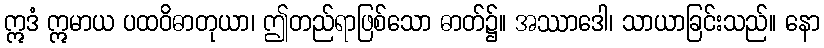
ဣဒံ ဣမာယ ပထဝိဓာတုယာ၊ ဤတည်ရာဖြစ်သော ဓာတ်၌။ အဿာဒေါ၊ သာယာခြင်းသည်။ နော